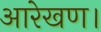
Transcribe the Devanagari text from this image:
आरेखण।